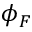
\phi _ { F }